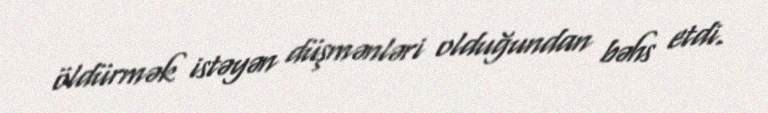
öldürmək istəyən düşmənləri olduğundan bəhs etdi.